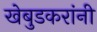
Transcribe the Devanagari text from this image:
खेबुडकरांनी